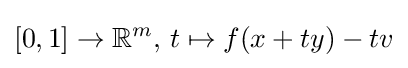
[0,1]\to \mathbb {R} ^{m},\,t\mapsto f(x+ty)-tv